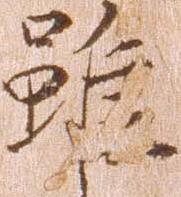
雖